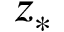
z _ { \ast }